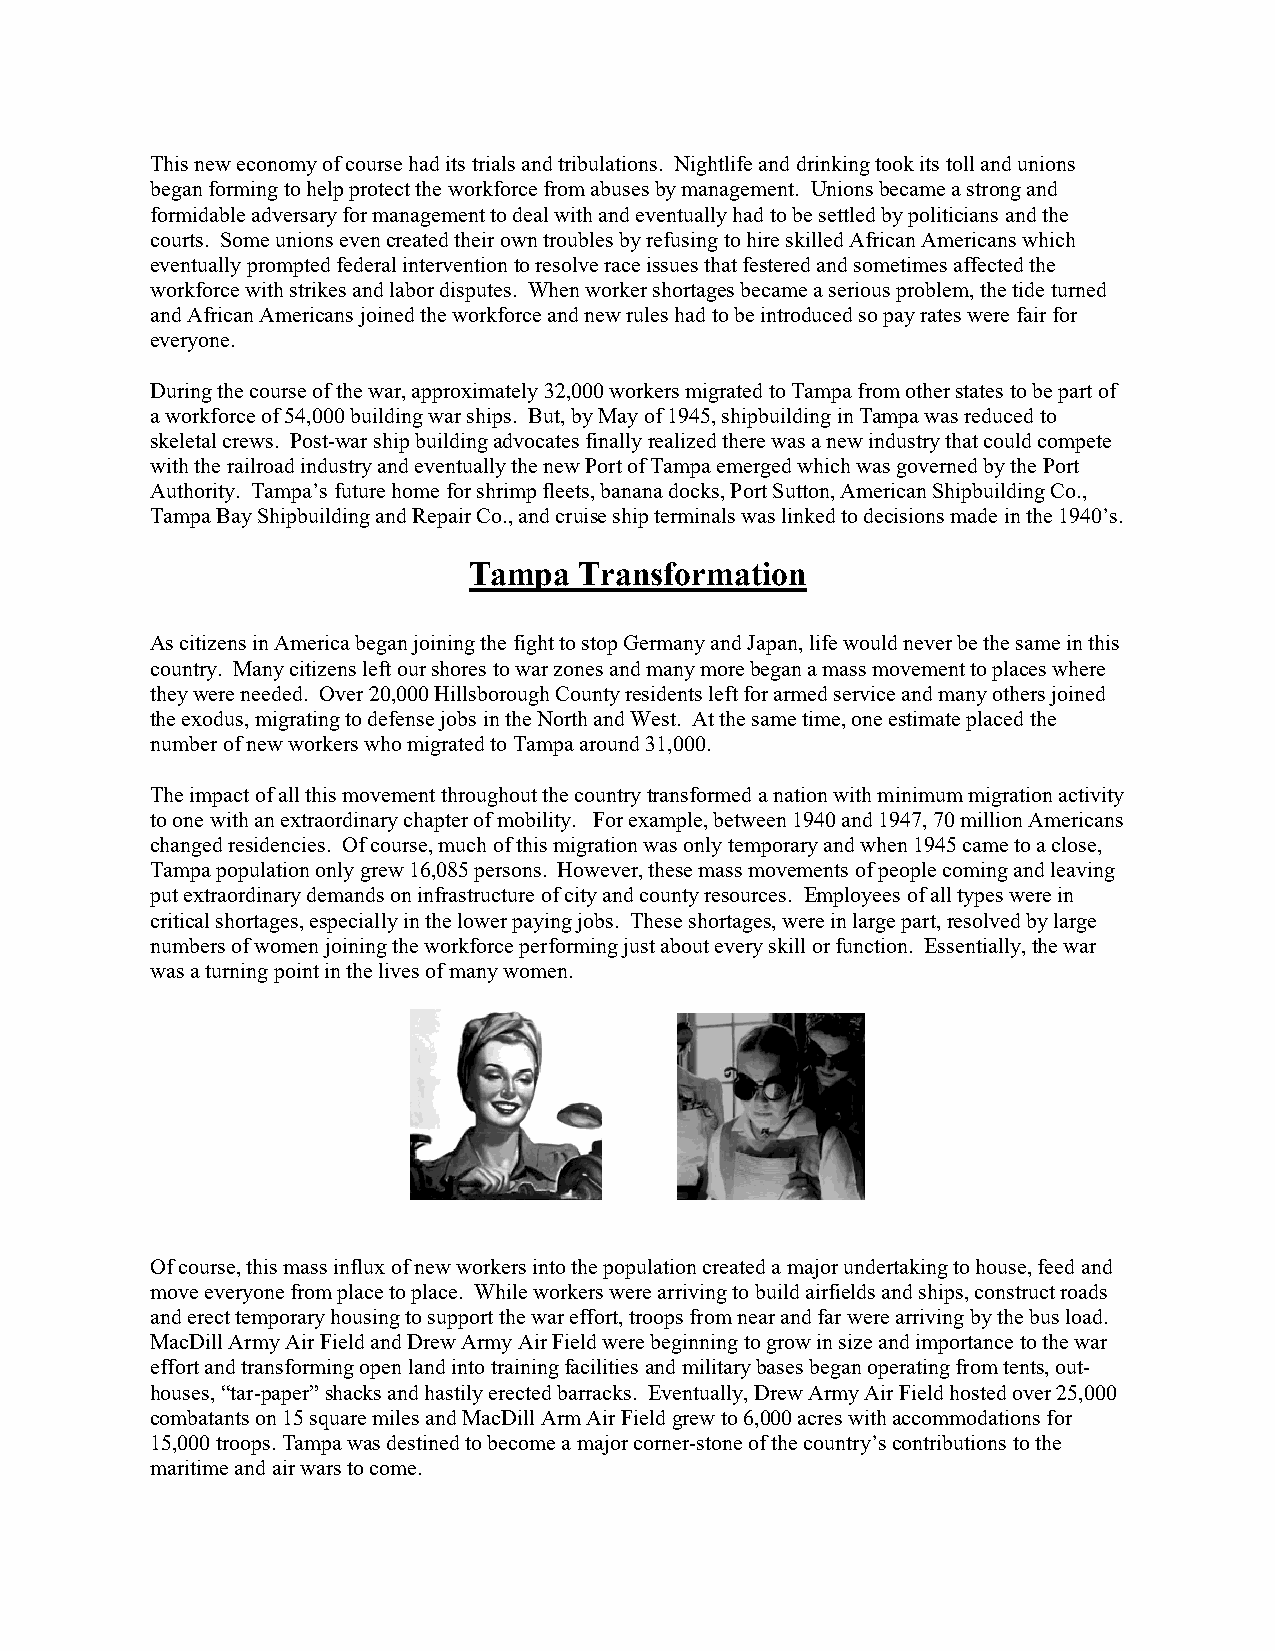
This new economy of course had its trials and tribulations. Nightlife and drinking took its toll and unions
 began forming to help protect the workforce from abuses by management. Unions became a strong and
 formidable adversary for management to deal with and eventually had to be settled by politicians and the
 courts. Some unions even created their own troubles by refusing to hire skilled African Americans which
 eventually prompted federal intervention to resolve race issues that festered and sometimes affected the
 workforce with strikes and labor disputes. When worker shortages became a serious problem, the tide turned
 and African Americans joined the workforce and new rules had to be introduced so pay rates were fair for
 everyone.
 During the course of the war, approximately 32,000 workers migrated to Tampa from other states to be part of
 a workforce of 54,000 building war ships. But, by May of 1945, shipbuilding in Tampa was reduced to
 skeletal crews. Post-war ship building advocates finally realized there was a new industry that could compete
 with the railroad industry and eventually the new Port of Tampa emerged which was governed by the Port
 Authority. Tampa’s future home for shrimp fleets, banana docks, Port Sutton, American Shipbuilding Co.,
 Tampa Bay Shipbuilding and Repair Co., and cruise ship terminals was linked to decisions made in the 1940’s.
 Tampa  Transformation
 As citizens in America began joining the fight to stop Germany and Japan, life would never be the same in this
 country. Many citizens left our shores to war zones and many more began a mass movement to places where
 they were needed. Over 20,000 Hillsborough County residents left for armed service and many others joined
 the exodus, migrating to defense jobs in the North and West. At the same time, one estimate placed the
 number of new workers who migrated to Tampa around 31,000.
 The impact of all this movement throughout the country transformed a nation with minimum migration activity
 to one with an extraordinary chapter of mobility. For example, between 1940 and 1947, 70 million Americans
 changed residencies. Of course, much of this migration was only temporary and when 1945 came to a close,
 Tampa population only grew 16,085 persons. However, these mass movements of people coming and leaving
 put extraordinary demands on infrastructure of city and county resources. Employees of all types were in
 critical shortages, especially in the lower paying jobs. These shortages, were in large part, resolved by large
 numbers of women joining the workforce performing just about every skill or function. Essentially, the war
 was a turning point in the lives of many women.
 Of course, this mass influx of new workers into the population created a major undertaking to house, feed and
 move everyone from place to place. While workers were arriving to build airfields and ships, construct roads
 and erect temporary housing to support the war effort, troops from near and far were arriving by the bus load.
 MacDill Army Air Field and Drew Army Air Field were beginning to grow in size and importance to the war
 effort and transforming open land into training facilities and military bases began operating from tents, out-
 houses, “tar-paper” shacks and hastily erected barracks. Eventually, Drew Army Air Field hosted over 25,000
 combatants on 15 square miles and MacDill Arm Air Field grew to 6,000 acres with accommodations for
 15,000 troops. Tampa was destined to become a major corner-stone of the country’s contributions to the
 maritime and air wars to come.